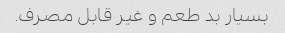
بسیار بد طعم و غیر قابل مصرف.